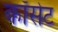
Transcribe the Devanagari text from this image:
कॉसेट